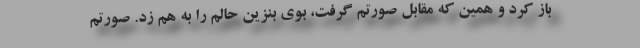
باز کرد و همین که مقابل صورتم گرفت، بوی بنزین حالم را به هم زد. صورتم